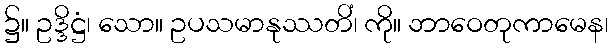
၌။ ဥဒ္ဒိဋ္ဌံ၊ သော။ ဥပသမာနုဿတိံ၊ ကို။ ဘာဝေတုကာမေန၊